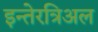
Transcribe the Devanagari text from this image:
इन्तेरत्रिअल